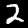
Label: 2